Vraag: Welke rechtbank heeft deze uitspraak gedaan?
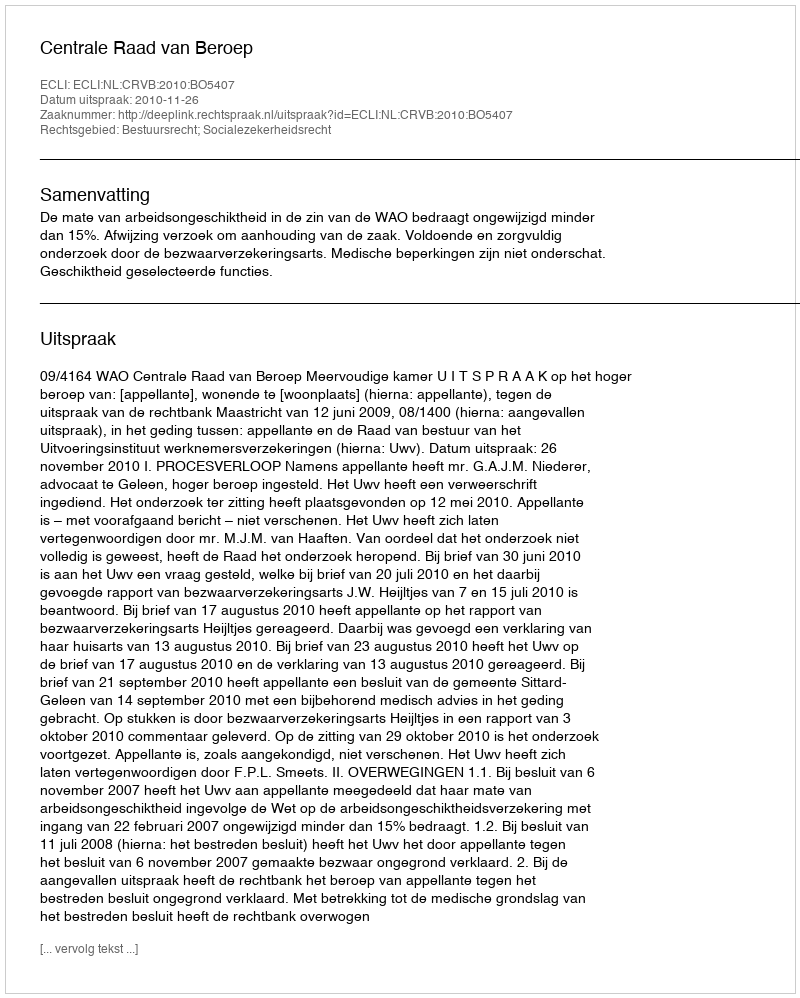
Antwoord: Centrale Raad van Beroep